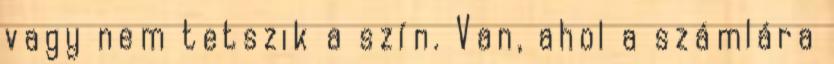
vagy nem tetszik a szín. Van, ahol a számlára